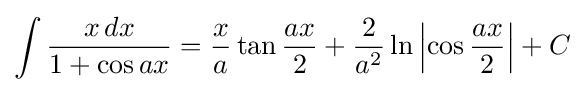
\int {\frac {x\,dx}{1+\cos ax}}={\frac {x}{a}}\tan {\frac {ax}{2}}+{\frac {2}{a^{2}}}\ln \left|\cos {\frac {ax}{2}}\right|+C